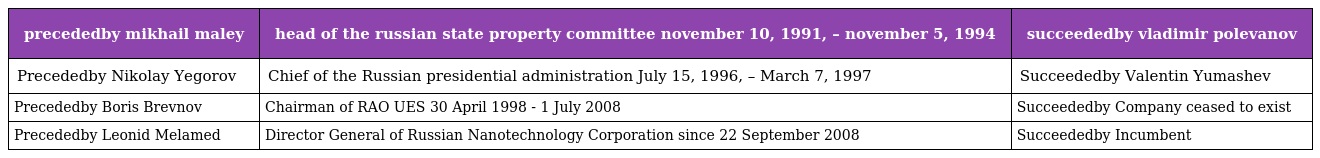
| precededby mikhail maley | head of the russian state property committee november 10, 1991, – november 5, 1994 | succeededby vladimir polevanov |
 | --- | --- | --- |
 | Precededby Nikolay Yegorov | Chief of the Russian presidential administration July 15, 1996, – March 7, 1997 | Succeededby Valentin Yumashev |
 | Precededby Boris Brevnov | Chairman of RAO UES 30 April 1998 - 1 July 2008 | Succeededby Company ceased to exist |
 | Precededby Leonid Melamed | Director General of Russian Nanotechnology Corporation since 22 September 2008 | Succeededby Incumbent |